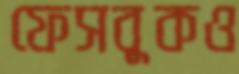
ফেসবুকও